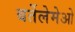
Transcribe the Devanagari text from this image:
बर्तेलेमेओ